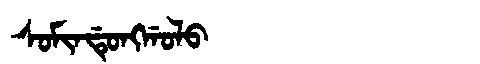
Manchu: ᠰᠣᠮᡳᠨᡩᡠᠩᡤᠣᠯᠣ
Romanization: SOMINDUNGGOLO